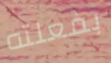
بفعلته